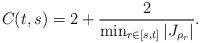
LaTeX: \begin{align*}C(t,s)=2+\frac{2}{\min_{r\in[s,t]}|J_{\rho_{r}}|}.\end{align*}